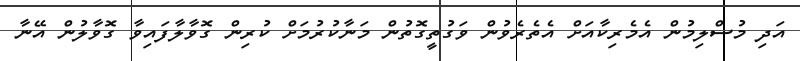
އަދި މުސްލިމުން އެމެރިކާއަށް އެތެރެވުން ވަގުތީގޮތުން މަނާކުރުމަށް ކުރިން ގޮވާލާފައިވާ ގޮވާލުން އޭނާ